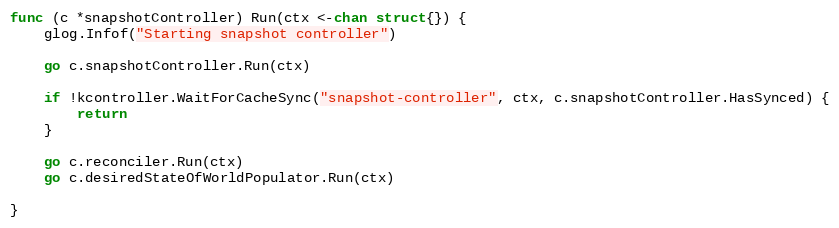
Language: Go
func (c *snapshotController) Run(ctx <-chan struct{}) {
	glog.Infof("Starting snapshot controller")

	go c.snapshotController.Run(ctx)

	if !kcontroller.WaitForCacheSync("snapshot-controller", ctx, c.snapshotController.HasSynced) {
		return
	}

	go c.reconciler.Run(ctx)
	go c.desiredStateOfWorldPopulator.Run(ctx)

}